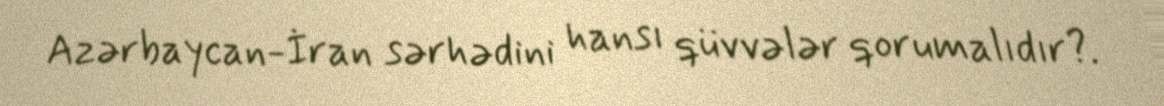
Azərbaycan-İran sərhədini hansı qüvvələr qorumalıdır?.